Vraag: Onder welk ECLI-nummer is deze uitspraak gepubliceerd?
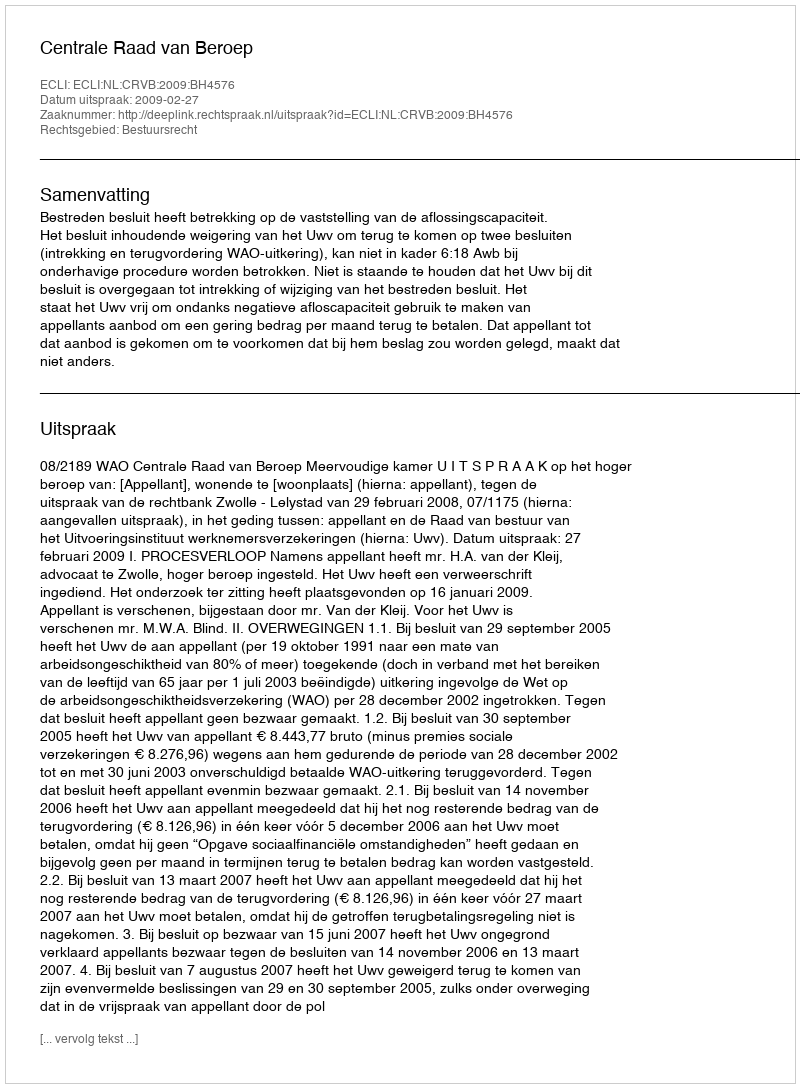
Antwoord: ECLI:NL:CRVB:2009:BH4576